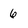
Character: 6